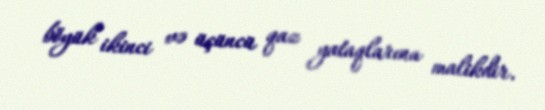
böyük ikinci və üçüncü qaz yataqlarına malikdir.